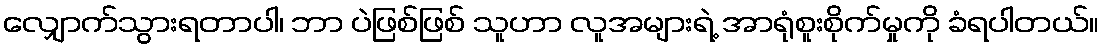
လျှောက်သွားရတာပါ၊ ဘာ ပဲဖြစ်ဖြစ် သူဟာ လူအများရဲ့ အာရုံစူးစိုက်မှုကို ခံရပါတယ်။